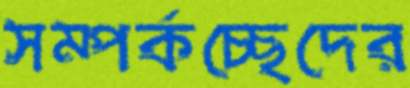
সম্পর্কচ্ছেদের